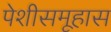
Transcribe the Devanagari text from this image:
पेशीसमूहास